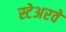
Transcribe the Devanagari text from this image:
स्टेअरवे